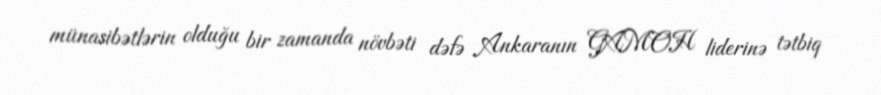
münasibətlərin olduğu bir zamanda növbəti dəfə Ankaranın GAMOH liderinə tətbiq